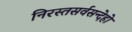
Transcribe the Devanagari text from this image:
निरस्तसर्वसन्देहो